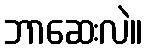
ဘာဆေးလဲ။